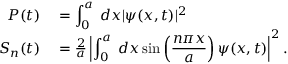
\begin{array} { r l } { P ( t ) } & { { } = \displaystyle \int _ { 0 } ^ { a } \; d x | \psi ( x , t ) | ^ { 2 } } \\ { S _ { n } ( t ) } & { { } = \frac { 2 } { a } \displaystyle \left| \int _ { 0 } ^ { a } \; d x \sin \left( \frac { n \pi x } { a } \right) \psi ( x , t ) \right| ^ { 2 } . } \end{array}